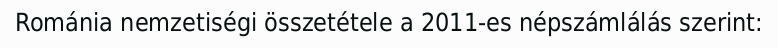
Románia nemzetiségi összetétele a 2011-es népszámlálás szerint: